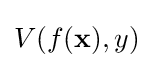
V(f(\mathbf {x} ),y)